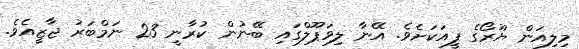
މިލިއަން ޔޫރޯގެ ފީއަކަށެވެ. އޭނާ ލިވަޕޫލްގައި ބޭނުން ކުރާނީ 23 ނަމްބަރު ޖާޒީއެވެ.